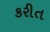
કરીત